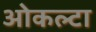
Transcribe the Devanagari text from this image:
ओकल्टा